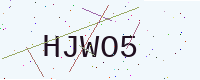
Text: HJWO5